King Institute of Preventive Medicine Micro-Biological Section reports 1912-19
Year: 1912
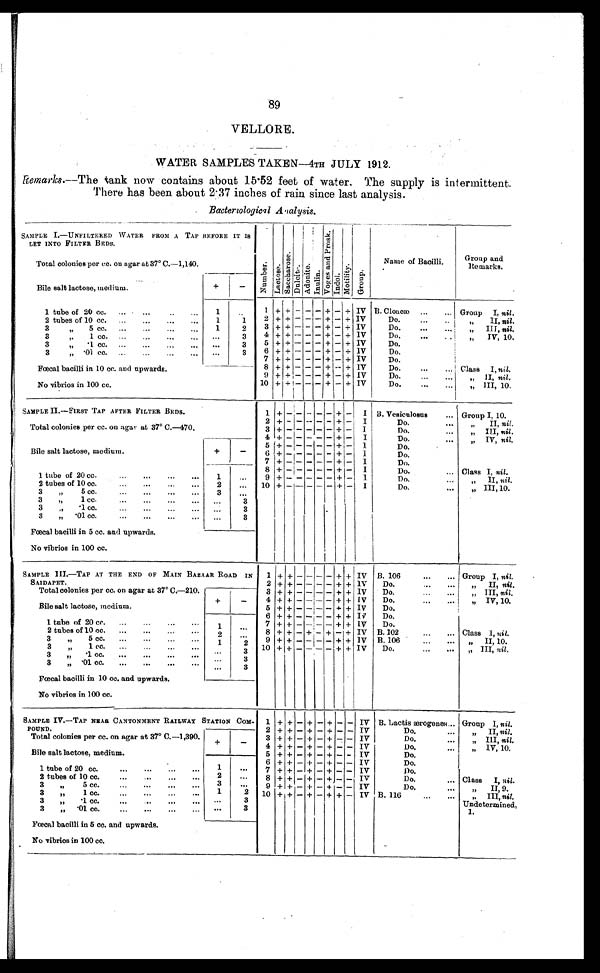
89
VELLORE.
WATER SAMPLES TAKEN—4TH JULY 1912.
Remarks.—The tank now contains about 15.52 feet of water. The supply is intermittent.
There has been about 2 . 37 inches of rain since last analysis.
Bacterological Analysis.
SAMPLE 1.—UNFILTERED WATER FROM A TAP BEFORE IT IS
LET INTO FILTER BEDS.
Total colonies per cc. on agar at 37° C.—1,140.
N u mb e r . L a c t o s e .
S a c c h a r o s e .
Du l c i t e .
A d o n i t e .
I nul i n.
V o g a s a n d P r o s k . I n d o l .
M o t i l i t y .
G r o u p
Name of Bacilli.
Group and
Remarks.
Bile salt lactose, medium.
+
-
1 tube of 20 cc.
......
1
..
1 + + - - - + - + IV B. Cloacæ
...
... Group I, nil.
2 + + - - - + - + IV
Do.
"
III nil.
2 tubes of 10 cc.
...
...
...
...
1
1
3 + + - - - + - + IV
Do.
" III, nil.
3
" 5 c c .
1
2
4 + + - - - + - + IV
Do.
. . .
"
IV, 10.
3
"
1 cc.
...
...
...
. . .
3
5 + + - - - + - + IV
Do.
3
" . 1 c c .
...
3
6 + + - - - + - + IV
Do.
3
" .01 cc. ...
...
...
...
...
3
7 + + - - - + - + IV
Do.
8 + + - - - + - + IV
Do.
... Class I, nil.
Fœcal bacilli in 10 cc. and upwards.
No vibrios in 100 cc.
9 + + - - - + - + IV
Do.
...
"
II, nil.
10 + + - - - + - + IV
Do.
III, 10.
SAMPLE II—FIRST TAP AFTER FILTER BEDS.
Total colonies per cc. on agar at 37° C.—470.
1 + - - - - - + -----
I B. Vesiculosus
... Group I, 10.
2 + - - - - - + -
I
Do.
...
"
II, nil.
3 +- - - - - + -
I
Do.
III, nil
4 + - - - - - + -
I
Do.
...
"
IV, nil.
Bile salt lactose, medium.
+
-
5 + - - - - - + -
I
Do.
6 + - - - - - + -
I
Do.
7 + - - - - - + -
I
Do.
1 tube of 20 cc.
...
...
...
...
1
...
8 + - - - - - + -
I
Do.
.. Class I, nil.
9 + - - - - - + -
I
Do.
...
"
II, nil.
2 tubes of 10 cc.
...
...
...
. . .
2
... 10 + - - - - - + -
I
Do.
...
" III, 10.
3
" 5 c c .
. . .
. . .
. . .
. . .
3
...
3
" , 1 c c .
. . .
. . .
. . .
. . . ...
3
3
"
.1 cc.
...
...
...
. . .
...
3
3 " . 0 1 c c .
. . .
3
Fœcal bacilli in 5 cc. and upwards.
No vibrios in 100 cc.
SAMPLE III.—TAP AT THE END OF MAIN BAZAAR ROAD IN
SAIDAPET.
Total colonies per cc. on agar at 37° C.—210.
1 + + - - - - + + IV B. 106
...
... Group I, nil.
2 + + - - - - + + IV
Do.
...
...
"
II, nil.
3 + + - - - - + + IV
Do.
...
... "
III, nil.
Bile salt lactose, medium.
+
-
4 ++ - - - - + + IV
Do.
...
...
" IV, 10.
5 + + - - - - + + IV
Do.
6 + + - - - - + + IV
Do.
1 tube of 20 cc .
...
...
...
. . .
1 ...
7 ++ - - - - + + IV
Do.
8 + + - + - + - + IV B. 102
...
... Class I, ni l.
2 tubes of 10 cc. . . .
. .
2
. . .
9 ++ - - - - + + IV B. 106
...
...
"
II, 10.
3
" 5 cc. ... ... ...
...
1
2
10 ++ - - - - + +
I V
Do.
...
...
" III, nil.
3 " 1 cc ... ... ....
...
3
3 " . 1 c c . . . . . . . . .
. . . . . . 3
3 " . 0 1 c c . . . . . . . . . . .
...
3
Fœcal bacilli in 10 cc. and upwards.
No vibrios in 100 cc.
SAMPLE IV.—TAP NEAR CANTONMENT RAILWAY STATION COM-
POUND.
Total colonies per cc. on agar at 37° C.—1,390
1
+ + - + -
+ - - IV
B. Lactis ærogenes
Group I, nil.
2 + + - + - + - - IV
Do.
II, nil.
3 + + - + - + - -
IV
Do.
...
" III, nil.
Bile salt lactose, medium.
+
-
4 + + - + - + - -
IV
Do.
" IV, 10.
5 + + - + - + - -
IV
Do.
6 + + - + - + - -
IV
Do.
1 tube of 20 cc.
...
...
...
. . .
1
. . .
7 + + - + - + - -
IV
Do.
2 tubes of 10 cc.
. . .
2
. . .
8 + + - + - + - -
IV
Do.
... Class I, nil.
3 " 5 cc. . . .
. . .
3
. . .
9 + + - + - + - -
IV
Do.
...
"
H, 9.
3
" 1 c c .
. . .
1
2
10+ + - + - + + -
IV B. 116
. .. ...
"
III, nil.U n d e t e r m i n e d , 1 .
3
"
. 1
...
3
3
"
. 0 1 c c .
. . .
. . .
. . .
. . . ...
3
Fœcal bacilli in 5 cc. and upwards.
No vibrios in 100 cc.